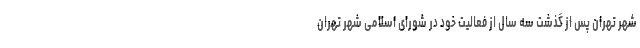
شهر تهران پس از گذشت سه سال از فعالیت خود در شورای اسلامی شهر تهران